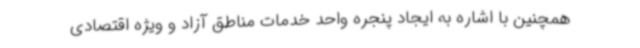
همچنین با اشاره به ایجاد پنجره واحد خدمات مناطق آزاد و ویژه اقتصادی